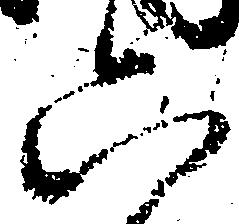
六